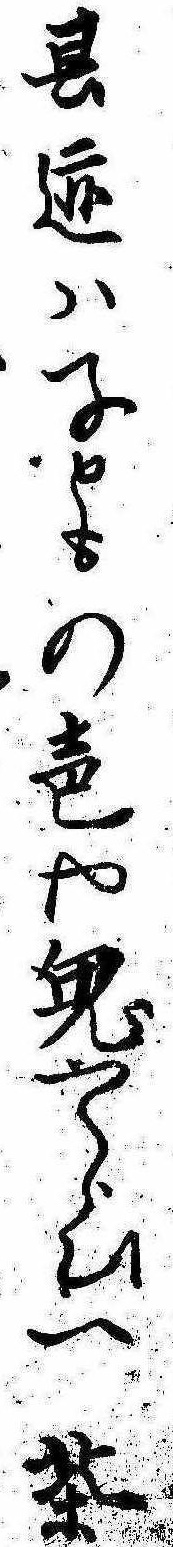
其跡は子ともの声や鬼やらひ一茶